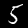
Digit: 5